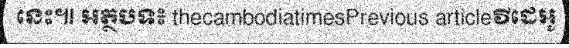
នេះ៕ អត្ថបទ៖ thecambodiatimesPrevious articleវីដេអូ